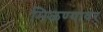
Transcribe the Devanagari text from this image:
मिळण्यावर